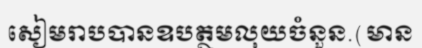
សៀមរាបបានឧបត្ថមលុយចំនួន.(មាន